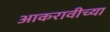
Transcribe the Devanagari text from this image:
आकरावीच्या